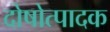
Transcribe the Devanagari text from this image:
दोषोत्पादक